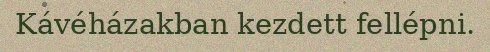
Kávéházakban kezdett fellépni.